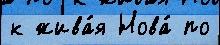
к жива́я Нова́ по